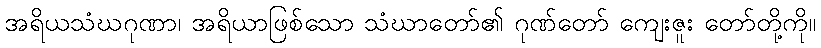
အရိယသံဃဂုဏာ၊ အရိယာဖြစ်သော သံဃာတော်၏ ဂုဏ်တော် ကျေးဇူး တော်တို့ကို။